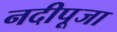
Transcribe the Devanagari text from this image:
नदीपूजा